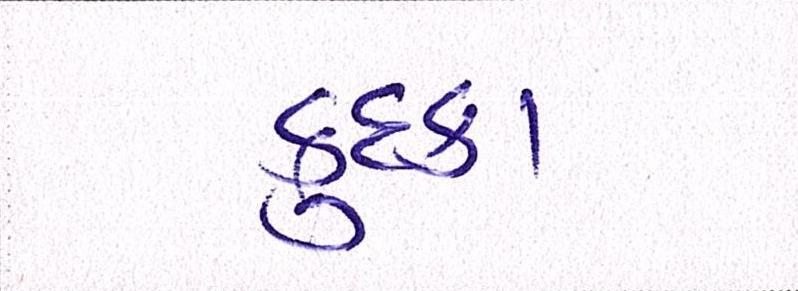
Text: કુદકા